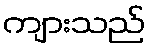
ကျားသည်